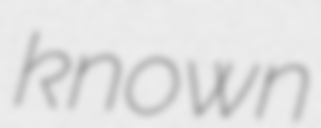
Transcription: known